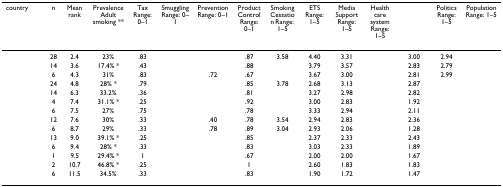
<table><thead><tr><td><b>country</b></td><td><b>n</b></td><td><b>Mean rank</b></td><td><b>Prevalence Adult smoking **</b></td><td><b>Tax Range: 0–1</b></td><td><b>Smuggling Range: 0–1</b></td><td><b>Prevention Range: 0–1</b></td><td><b>Product Control Range: 0–1</b></td><td><b>Smoking Cessation Range: 1–5</b></td><td><b>ETS Range: 1–5</b></td><td><b>Media Support Range: 1–5</b></td><td><b>Health care system Range: 1–5</b></td><td>[EMPTY_CELL]</td><td><b>Politics Range: 1–5</b></td><td><b>Population Range: 1–5</b></td></tr></thead><tbody><tr><td>[EMPTY_CELL]</td><td>28</td><td>2.4</td><td>23%</td><td>.83</td><td>[EMPTY_CELL]</td><td>[EMPTY_CELL]</td><td>.87</td><td>3.58</td><td>4.40</td><td>3.31</td><td>[EMPTY_CELL]</td><td>3.00</td><td>2.94</td><td>[EMPTY_CELL]</td></tr><tr><td>[EMPTY_CELL]</td><td>14</td><td>3.6</td><td>17.4% *</td><td>.43</td><td>[EMPTY_CELL]</td><td>[EMPTY_CELL]</td><td>.88</td><td>[EMPTY_CELL]</td><td>3.79</td><td>3.57</td><td>[EMPTY_CELL]</td><td>2.83</td><td>2.79</td><td>[EMPTY_CELL]</td></tr><tr><td>[EMPTY_CELL]</td><td>6</td><td>4.3</td><td>31%</td><td>.83</td><td>[EMPTY_CELL]</td><td>.72</td><td>.67</td><td>[EMPTY_CELL]</td><td>3.67</td><td>3.00</td><td>[EMPTY_CELL]</td><td>2.81</td><td>2.99</td><td>[EMPTY_CELL]</td></tr><tr><td>[EMPTY_CELL]</td><td>24</td><td>4.8</td><td>28% *</td><td>.79</td><td>[EMPTY_CELL]</td><td>[EMPTY_CELL]</td><td>.85</td><td>3.78</td><td>2.68</td><td>3.13</td><td>[EMPTY_CELL]</td><td>2.87</td><td>[EMPTY_CELL]</td><td>[EMPTY_CELL]</td></tr><tr><td>[EMPTY_CELL]</td><td>14</td><td>6.3</td><td>33.2%</td><td>.36</td><td>[EMPTY_CELL]</td><td>[EMPTY_CELL]</td><td>.81</td><td>[EMPTY_CELL]</td><td>3.27</td><td>2.98</td><td>[EMPTY_CELL]</td><td>2.82</td><td>[EMPTY_CELL]</td><td>[EMPTY_CELL]</td></tr><tr><td>[EMPTY_CELL]</td><td>4</td><td>7.4</td><td>31.1% *</td><td>.25</td><td>[EMPTY_CELL]</td><td>[EMPTY_CELL]</td><td>.92</td><td>[EMPTY_CELL]</td><td>3.00</td><td>2.83</td><td>[EMPTY_CELL]</td><td>1.92</td><td>[EMPTY_CELL]</td><td>[EMPTY_CELL]</td></tr><tr><td>[EMPTY_CELL]</td><td>6</td><td>7.5</td><td>27%</td><td>.75</td><td>[EMPTY_CELL]</td><td>[EMPTY_CELL]</td><td>.78</td><td>[EMPTY_CELL]</td><td>3.33</td><td>2.94</td><td>[EMPTY_CELL]</td><td>2.11</td><td>[EMPTY_CELL]</td><td>[EMPTY_CELL]</td></tr><tr><td>[EMPTY_CELL]</td><td>12</td><td>7.6</td><td>30%</td><td>.33</td><td>[EMPTY_CELL]</td><td>.40</td><td>.78</td><td>3.54</td><td>2.94</td><td>2.83</td><td>[EMPTY_CELL]</td><td>2.36</td><td>[EMPTY_CELL]</td><td>[EMPTY_CELL]</td></tr><tr><td>[EMPTY_CELL]</td><td>6</td><td>8.7</td><td>29%</td><td>.33</td><td>[EMPTY_CELL]</td><td>.78</td><td>.89</td><td>3.04</td><td>2.93</td><td>2.06</td><td>[EMPTY_CELL]</td><td>1.28</td><td>[EMPTY_CELL]</td><td>[EMPTY_CELL]</td></tr><tr><td>[EMPTY_CELL]</td><td>13</td><td>9.0</td><td>39.1% *</td><td>.25</td><td>[EMPTY_CELL]</td><td>[EMPTY_CELL]</td><td>.85</td><td>[EMPTY_CELL]</td><td>2.37</td><td>2.33</td><td>[EMPTY_CELL]</td><td>2.43</td><td>[EMPTY_CELL]</td><td>[EMPTY_CELL]</td></tr><tr><td>[EMPTY_CELL]</td><td>6</td><td>9.4</td><td>28% *</td><td>.33</td><td>[EMPTY_CELL]</td><td>[EMPTY_CELL]</td><td>.83</td><td>[EMPTY_CELL]</td><td>3.03</td><td>2.33</td><td>[EMPTY_CELL]</td><td>1.89</td><td>[EMPTY_CELL]</td><td>[EMPTY_CELL]</td></tr><tr><td>[EMPTY_CELL]</td><td>1</td><td>9.5</td><td>29.4% *</td><td>1</td><td>[EMPTY_CELL]</td><td>[EMPTY_CELL]</td><td>.67</td><td>[EMPTY_CELL]</td><td>2.00</td><td>2.00</td><td>[EMPTY_CELL]</td><td>1.67</td><td>[EMPTY_CELL]</td><td>[EMPTY_CELL]</td></tr><tr><td>[EMPTY_CELL]</td><td>2</td><td>10.7</td><td>46.8% *</td><td>.25</td><td>[EMPTY_CELL]</td><td>[EMPTY_CELL]</td><td>1</td><td>[EMPTY_CELL]</td><td>2.60</td><td>1.83</td><td>[EMPTY_CELL]</td><td>1.83</td><td>[EMPTY_CELL]</td><td>[EMPTY_CELL]</td></tr><tr><td>[EMPTY_CELL]</td><td>6</td><td>11.5</td><td>34.5%</td><td>.33</td><td>[EMPTY_CELL]</td><td>[EMPTY_CELL]</td><td>.83</td><td>[EMPTY_CELL]</td><td>1.90</td><td>1.72</td><td>[EMPTY_CELL]</td><td>1.47</td><td>[EMPTY_CELL]</td><td>[EMPTY_CELL]</td></tr></tbody></table>